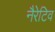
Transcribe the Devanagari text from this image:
नैरेटिव